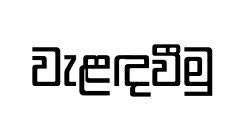
වැළඳවීමු